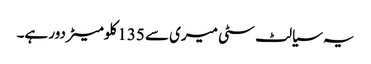
یہ سیالٹ سٹی میری سے 135 کلومیٹر دور ہے۔